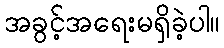
အခွင့်အရေးမရှိခဲ့ပါ။